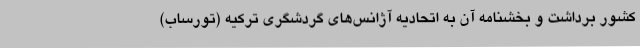
کشور برداشت و بخشنامه آن به اتحادیه آژانس‌های گردشگری ترکیه (تورساب)